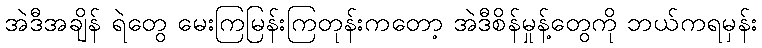
အဲဒီအချိန် ရဲတွေ မေးကြမြန်းကြတုန်းကတော့ အဲဒီစိန်မှုန့်တွေကို ဘယ်ကရမှန်း